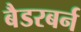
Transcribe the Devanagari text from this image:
बैडरबर्न